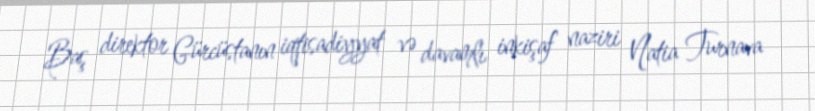
Baş direktor Gürcüstanın iqtisadiyyat və davamlı inkişaf naziri Natia Turnava